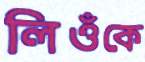
লিওঁকে